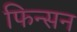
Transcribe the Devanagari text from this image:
फिन्सन